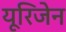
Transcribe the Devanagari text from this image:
यूरिजेन